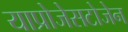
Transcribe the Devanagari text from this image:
याप्रोजेसटोजेन